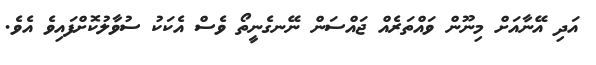
އަދި އޭނާއަށް މިނޫން ވައްތަރެއް ޖައްސަން ނޭނގެނީތޯ ވެސް އެކަކު ސުވާލުކޮށްފައިވެ އެވެ.